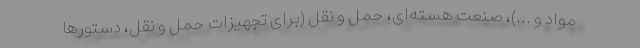
مواد و ...)، صنعت هسته­‌ای، حمل و نقل (برای تجهیزات حمل و نقل، دستورها